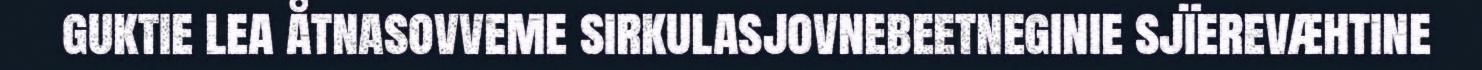
guktie lea åtnasovveme sirkulasjovnebeetneginie sjïerevæhtine